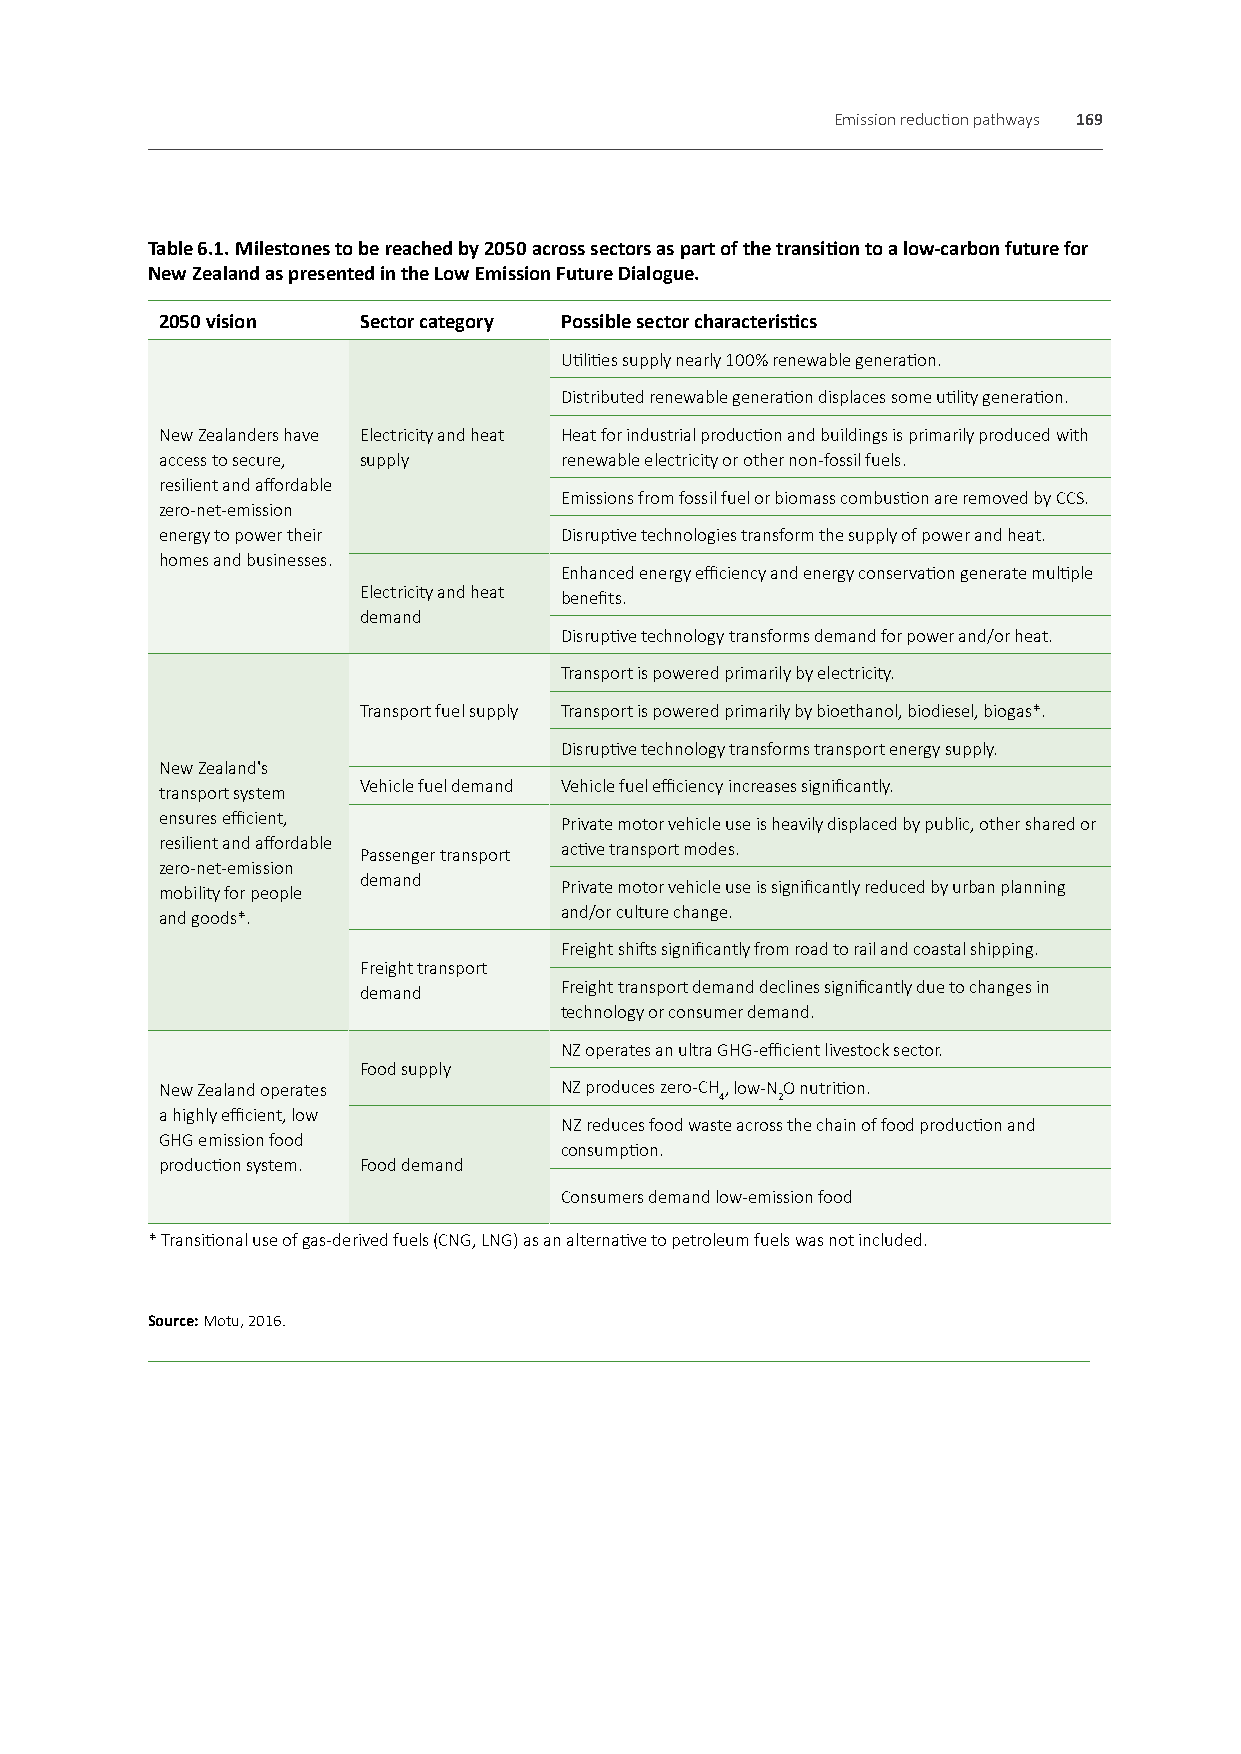
Emission reduction pathways 169
 Table 6.1. Milestones to be reached by 2050 across sectors as part of the transition to a low-carbon future for
 New Zealand as presented in the Low Emission Future Dialogue.
 2050 vision  Sector category Possible sector characteristics
 Utilities supply nearly 100% renewable generation.
 Distributed renewable generation displaces some utility generation.
 New Zealanders have Electricity and heat Heat for industrial production and buildings is primarily produced with
 access to secure, supply  renewable electricity or other non-fossil fuels.
 resilient and affordable
 Emissions from fossil fuel or biomass combustion are removed by CCS.
 zero-net-emission
 energy to power their     Disruptive technologies transform the supply of power and heat.
 homes and businesses.
 Enhanced energy efficiency and energy conservation generate multiple
 Electricity and heat benefits.
 demand
 Disruptive technology transforms demand for power and/or heat.
 Transport is powered primarily by electricity.
 Transport fuel supply Transport is powered primarily by bioethanol, biodiesel, biogas*.
 Disruptive technology transforms transport energy supply.
 New Zealand's
 Vehicle fuel demand Vehicle fuel efficiency increases significantly.
 transport system
 ensures efficient,
 Private motor vehicle use is heavily displaced by public, other shared or
 resilient and affordable
 active transport modes.
 Passenger transport
 zero-net-emission
 demand
 mobility for people       Private motor vehicle use is significantly reduced by urban planning
 and goods*.               and/or culture change.
 Freight shifts significantly from road to rail and coastal shipping.
 Freight transport
 demand       Freight transport demand declines significantly due to changes in
 technology or consumer demand.
 NZ operates an ultra GHG-efficient livestock sector.
 Food supply
 New Zealand operates      NZ produces zero-CH, low-NO nutrition.
 4  2
 a highly efficient, low
 NZ reduces food waste across the chain of food production and
 GHG emission food
 consumption.
 production system. Food demand
 Consumers demand low-emission food
 * Transitional use of gas-derived fuels (CNG, LNG) as an alternative to petroleum fuels was not included.
 Source: Motu, 2016.